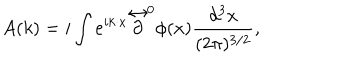
A ( k ) = i \int e ^ { i k \cdot x } \stackrel { \leftrightarrow } { \textstyle \partial } ^ { 0 } \phi ( x ) \frac { d ^ { 3 } x } { ( 2 \pi ) ^ { 3 / 2 } } ,